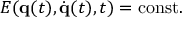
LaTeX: E ( \mathbf { q } ( t ) , { \dot { \mathbf { q } } } ( t ) , t ) = { \mathrm { c o n s t } } .